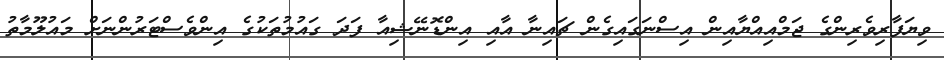
ވިޔަފާރިވެރިންގެ ޖަމްއިއްޔާއިން އިސްނަގައިގެން ޗައިނާ އާއި އިންޑޮނޭޝިއާ ފަދަ ގައުމުތަކުގެ އިންވެސްޓަރުންނަށް މައުލޫމާތު